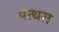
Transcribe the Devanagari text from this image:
पत्थरा